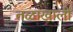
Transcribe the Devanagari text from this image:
तळाखाली